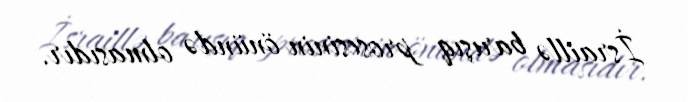
İsraillə barışıq prosesinin önündə olmasıdır.